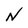
Character: N